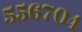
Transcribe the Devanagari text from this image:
५५६७०४